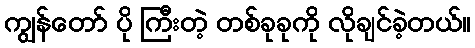
ကျွန်တော် ပို ကြီးတဲ့ တစ်ခုခုကို လိုချင်ခဲ့တယ်။